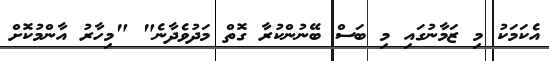
އެކަމަކު މި ޒަމާނުގައި މި ބަސް ބޭނުންކުރާ ގޮތް މަދުވެދާނެ" "މިހާރު އާންމުކޮށް